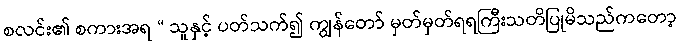
စလင်း၏ စကားအရ “ သူနှင့် ပတ်သက်၍ ကျွန်တော် မှတ်မှတ်ရရကြီးသတိပြုမိသည်ကတော့